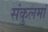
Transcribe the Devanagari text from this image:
संकुलमां